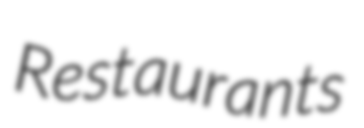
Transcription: Restaurants